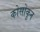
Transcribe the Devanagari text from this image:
कोसोकुन